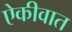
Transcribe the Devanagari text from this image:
ऐकीवात